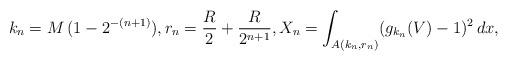
LaTeX: \begin{align*} k_n= M\, (1-2^{-(n+1)}), r_n=\frac{R}{2}+\frac{R}{2^{n+1}}, X_n=\int_{A( k_n, r_n)} (g_{ k_n}(V)-1)^2 \, dx,\end{align*}